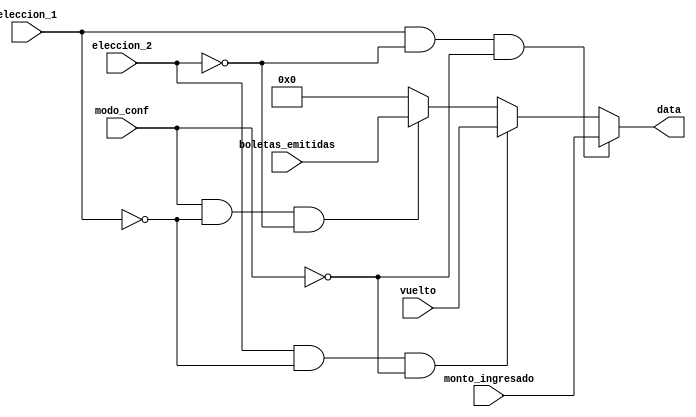
`timescale 1ns / 1ps
//////////////////////////////////////////////////////////////////////////////////
// Company: 
// Engineer: 
// 
// Design Name: 
// Module Name: display_admin
// Project Name: 
// Target Devices: 
// Tool Versions: 
// Description: 
// 
// Dependencies: 
// 
// Revision:
// Revision 0.01 - File Created
// Additional Comments:
// 
//////////////////////////////////////////////////////////////////////////////////


module display_admin(
    input eleccion_1, eleccion_2, modo_conf,
    input [13:0] monto_ingresado,
    input [13:0] vuelto,
    input [13:0] boletas_emitidas,
    output reg [13:0] data
    );
    
always @(*)
begin
if (eleccion_1 & ~eleccion_2 & ~modo_conf) 
    data = monto_ingresado;
else if (eleccion_2 & ~eleccion_1 & ~modo_conf)
    data = vuelto;
else if (modo_conf & ~eleccion_1 & ~eleccion_2)
    data = boletas_emitidas;
else 
    data = 14'd0;
    

end




endmodule